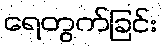
ရေတွက်ခြင်း